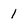
Character: l